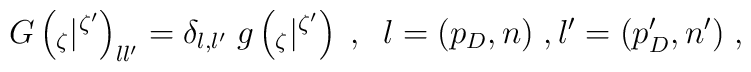
G\left({}_{\zeta}|{}^{\zeta'}\right)_{ll'}=\delta_{l,l'}\;g\left({}_{\zeta}|{}^{\zeta'}\right)\;, \;\;l=(p_D,n)\;, l'=(p'_D,n')\;,